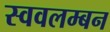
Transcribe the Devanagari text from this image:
स्ववलम्बन